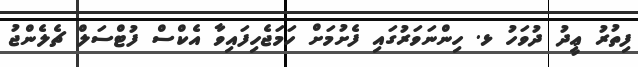
ފިތުރު ޢީދު ދުވަހު ޅ. ހިންނަވަރުގައި ފެށުމަށް ހަމަޖެހިފައިވާ އެކްސް ފުޓްސަލް ޗެލެންޖު